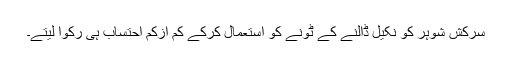
سرکش شوہر کو نکیل ڈالنے کے ٹونے کو استعمال کرکے کم ازکم احتساب ہی رکوا لیتے۔